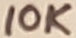
Text: 10K